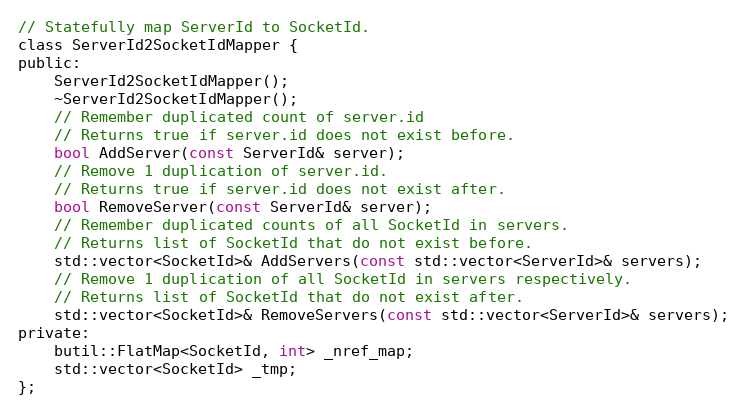
Language: C
// Statefully map ServerId to SocketId.
class ServerId2SocketIdMapper {
public:
    ServerId2SocketIdMapper();
    ~ServerId2SocketIdMapper();
    // Remember duplicated count of server.id
    // Returns true if server.id does not exist before.
    bool AddServer(const ServerId& server);
    // Remove 1 duplication of server.id.
    // Returns true if server.id does not exist after.
    bool RemoveServer(const ServerId& server);
    // Remember duplicated counts of all SocketId in servers.
    // Returns list of SocketId that do not exist before.
    std::vector<SocketId>& AddServers(const std::vector<ServerId>& servers);
    // Remove 1 duplication of all SocketId in servers respectively.
    // Returns list of SocketId that do not exist after.
    std::vector<SocketId>& RemoveServers(const std::vector<ServerId>& servers);
private:
    butil::FlatMap<SocketId, int> _nref_map;
    std::vector<SocketId> _tmp;
};